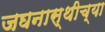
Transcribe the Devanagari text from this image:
जघनास्थीच्या